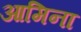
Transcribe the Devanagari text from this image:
आमिना